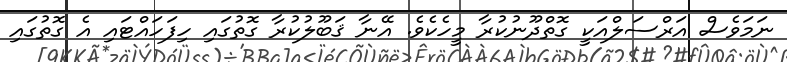
ނަމަވެސް އަރްސަލްއަކީ ގޮތްދޫނުކުރާ މީހެކެވެ. އޭނާ ޤަބޫލުކުރާ ގޮތުގައި ހިފަހައްޓައި އެ ގޮތުގައި